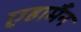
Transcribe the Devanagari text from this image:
एहार्मैन